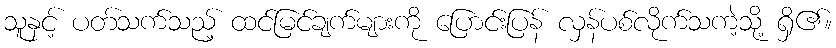
သူနှင့် ပတ်သက်သည့် ထင်မြင်ချက်များကို ပြောင်းပြန် လှန်ပစ်လိုက်သကဲ့သို့ ရှိ၏။